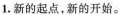
1.新的起点，新的开始。